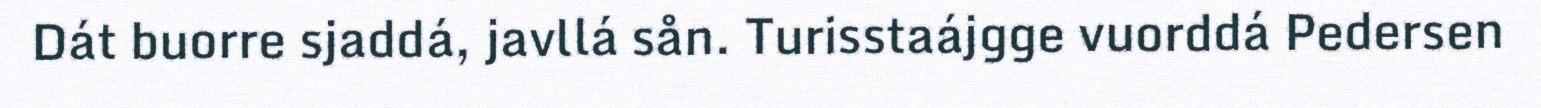
Dát buorre sjaddá, javllá sån. Turisstaájgge vuorddá Pedersen